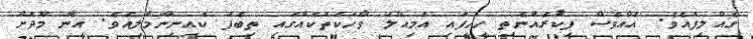
ގެއްލިފައެވެ. އެއްވެސް ފިކުރެއްނެތި ހީހީފައި އަމިއްލަ ވާހަކަތަކެއްގައި ތިބެފަ ކައިނިންމާލިއެވެ. އީނާ މޫދަށް